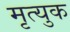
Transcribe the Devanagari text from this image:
मृत्युक